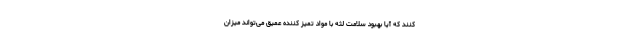
کنند که آیا بهبود سلامت لثه با مواد تمیز کننده عمیق می‌تواند میزان